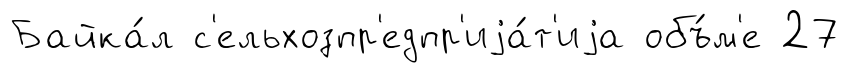
Байка́л с'ельхозпр'едпр'иjа́т'иjа объ́м'е 27